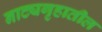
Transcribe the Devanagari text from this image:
नाट्यगृहातील